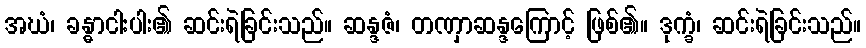
အဃံ၊ ခန္ဓာငါးပါး၏ ဆင်းရဲခြင်းသည်။ ဆန္ဒဇံ၊ တဏှာဆန္ဒကြောင့် ဖြစ်၏။ ဒုက္ခံ၊ ဆင်းရဲခြင်းသည်။